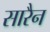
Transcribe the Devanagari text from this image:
सारैन